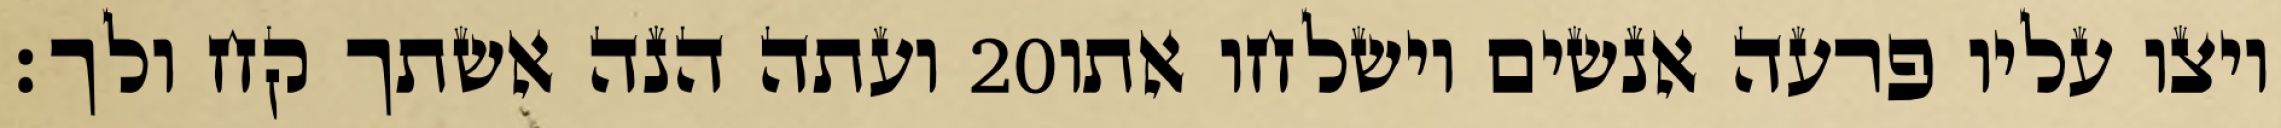
ועתה הנה אשתך קח ולך׃ ‎20‏ ויצו עליו פרעה אנשים וישלחו אתו